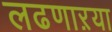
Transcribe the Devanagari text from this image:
लढणाऱया